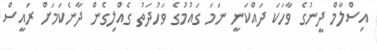
އިސްލާމް ދީނުގެ ވާހަކަ ދައްކަނީ ނަމަ ގައުމުގެ ވަހުދަތު ގެއްލިގެން ދާނެކަމަށް ރައީސް